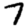
Digit: 7